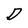
Character: D